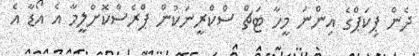
ދެން ޕިކަޕްގެ އިންނަ މީހާ ޓަޗް ސްކްރީނަކުން ޕްރެސްކޮށްލީމާ އެ އޯޑާ އެ